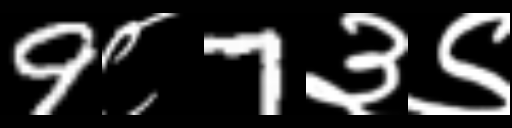
Text: 9८7३९